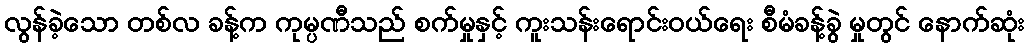
လွန်ခဲ့သော တစ်လ ခန့်က ကုမ္ပဏီသည် စက်မှုနှင့် ကူးသန်းရောင်းဝယ်ရေး စီမံခန့်ခွဲ မှုတွင် နောက်ဆုံး